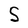
Character: S